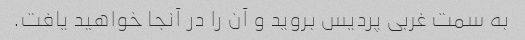
به سمت غربی پردیس بروید و آن را در آنجا خواهید یافت.